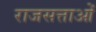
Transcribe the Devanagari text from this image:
राजसत्ताओं